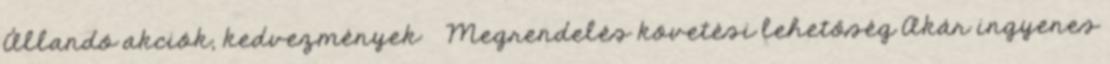
Állandó akciók, kedvezmények » Megrendelés követési lehetőség Akár ingyenes